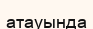
атауында